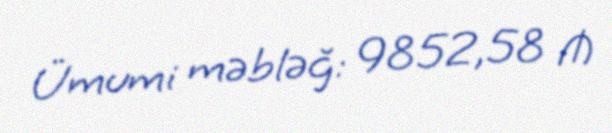
Ümumi məbləğ: 9852,58 ₼